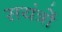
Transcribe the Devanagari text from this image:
सयंत्रों